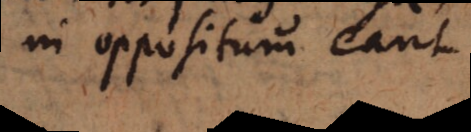
in oppositum eant